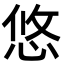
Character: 悠